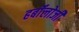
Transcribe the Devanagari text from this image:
हर्बॉलोजी